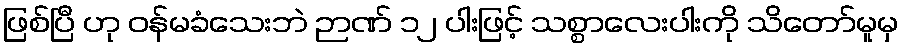
ဖြစ်ပြီ ဟု ဝန်မခံသေးဘဲ ဉာဏ် ၁၂ ပါးဖြင့် သစ္စာလေးပါးကို သိတော်မူမှ